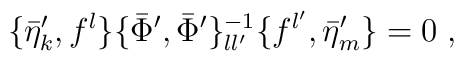
\{\bar{\eta}'_{k},f^{l}\}\{\bar{\Phi}',\bar{\Phi}'\}^{-1}_{ll'}\{f^{l'},\bar{\eta}'_{m}\}=0 \; ,